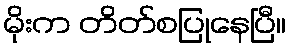
မိုးက တိတ်စပြုနေပြီ။